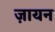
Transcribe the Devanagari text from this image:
ज़ायन